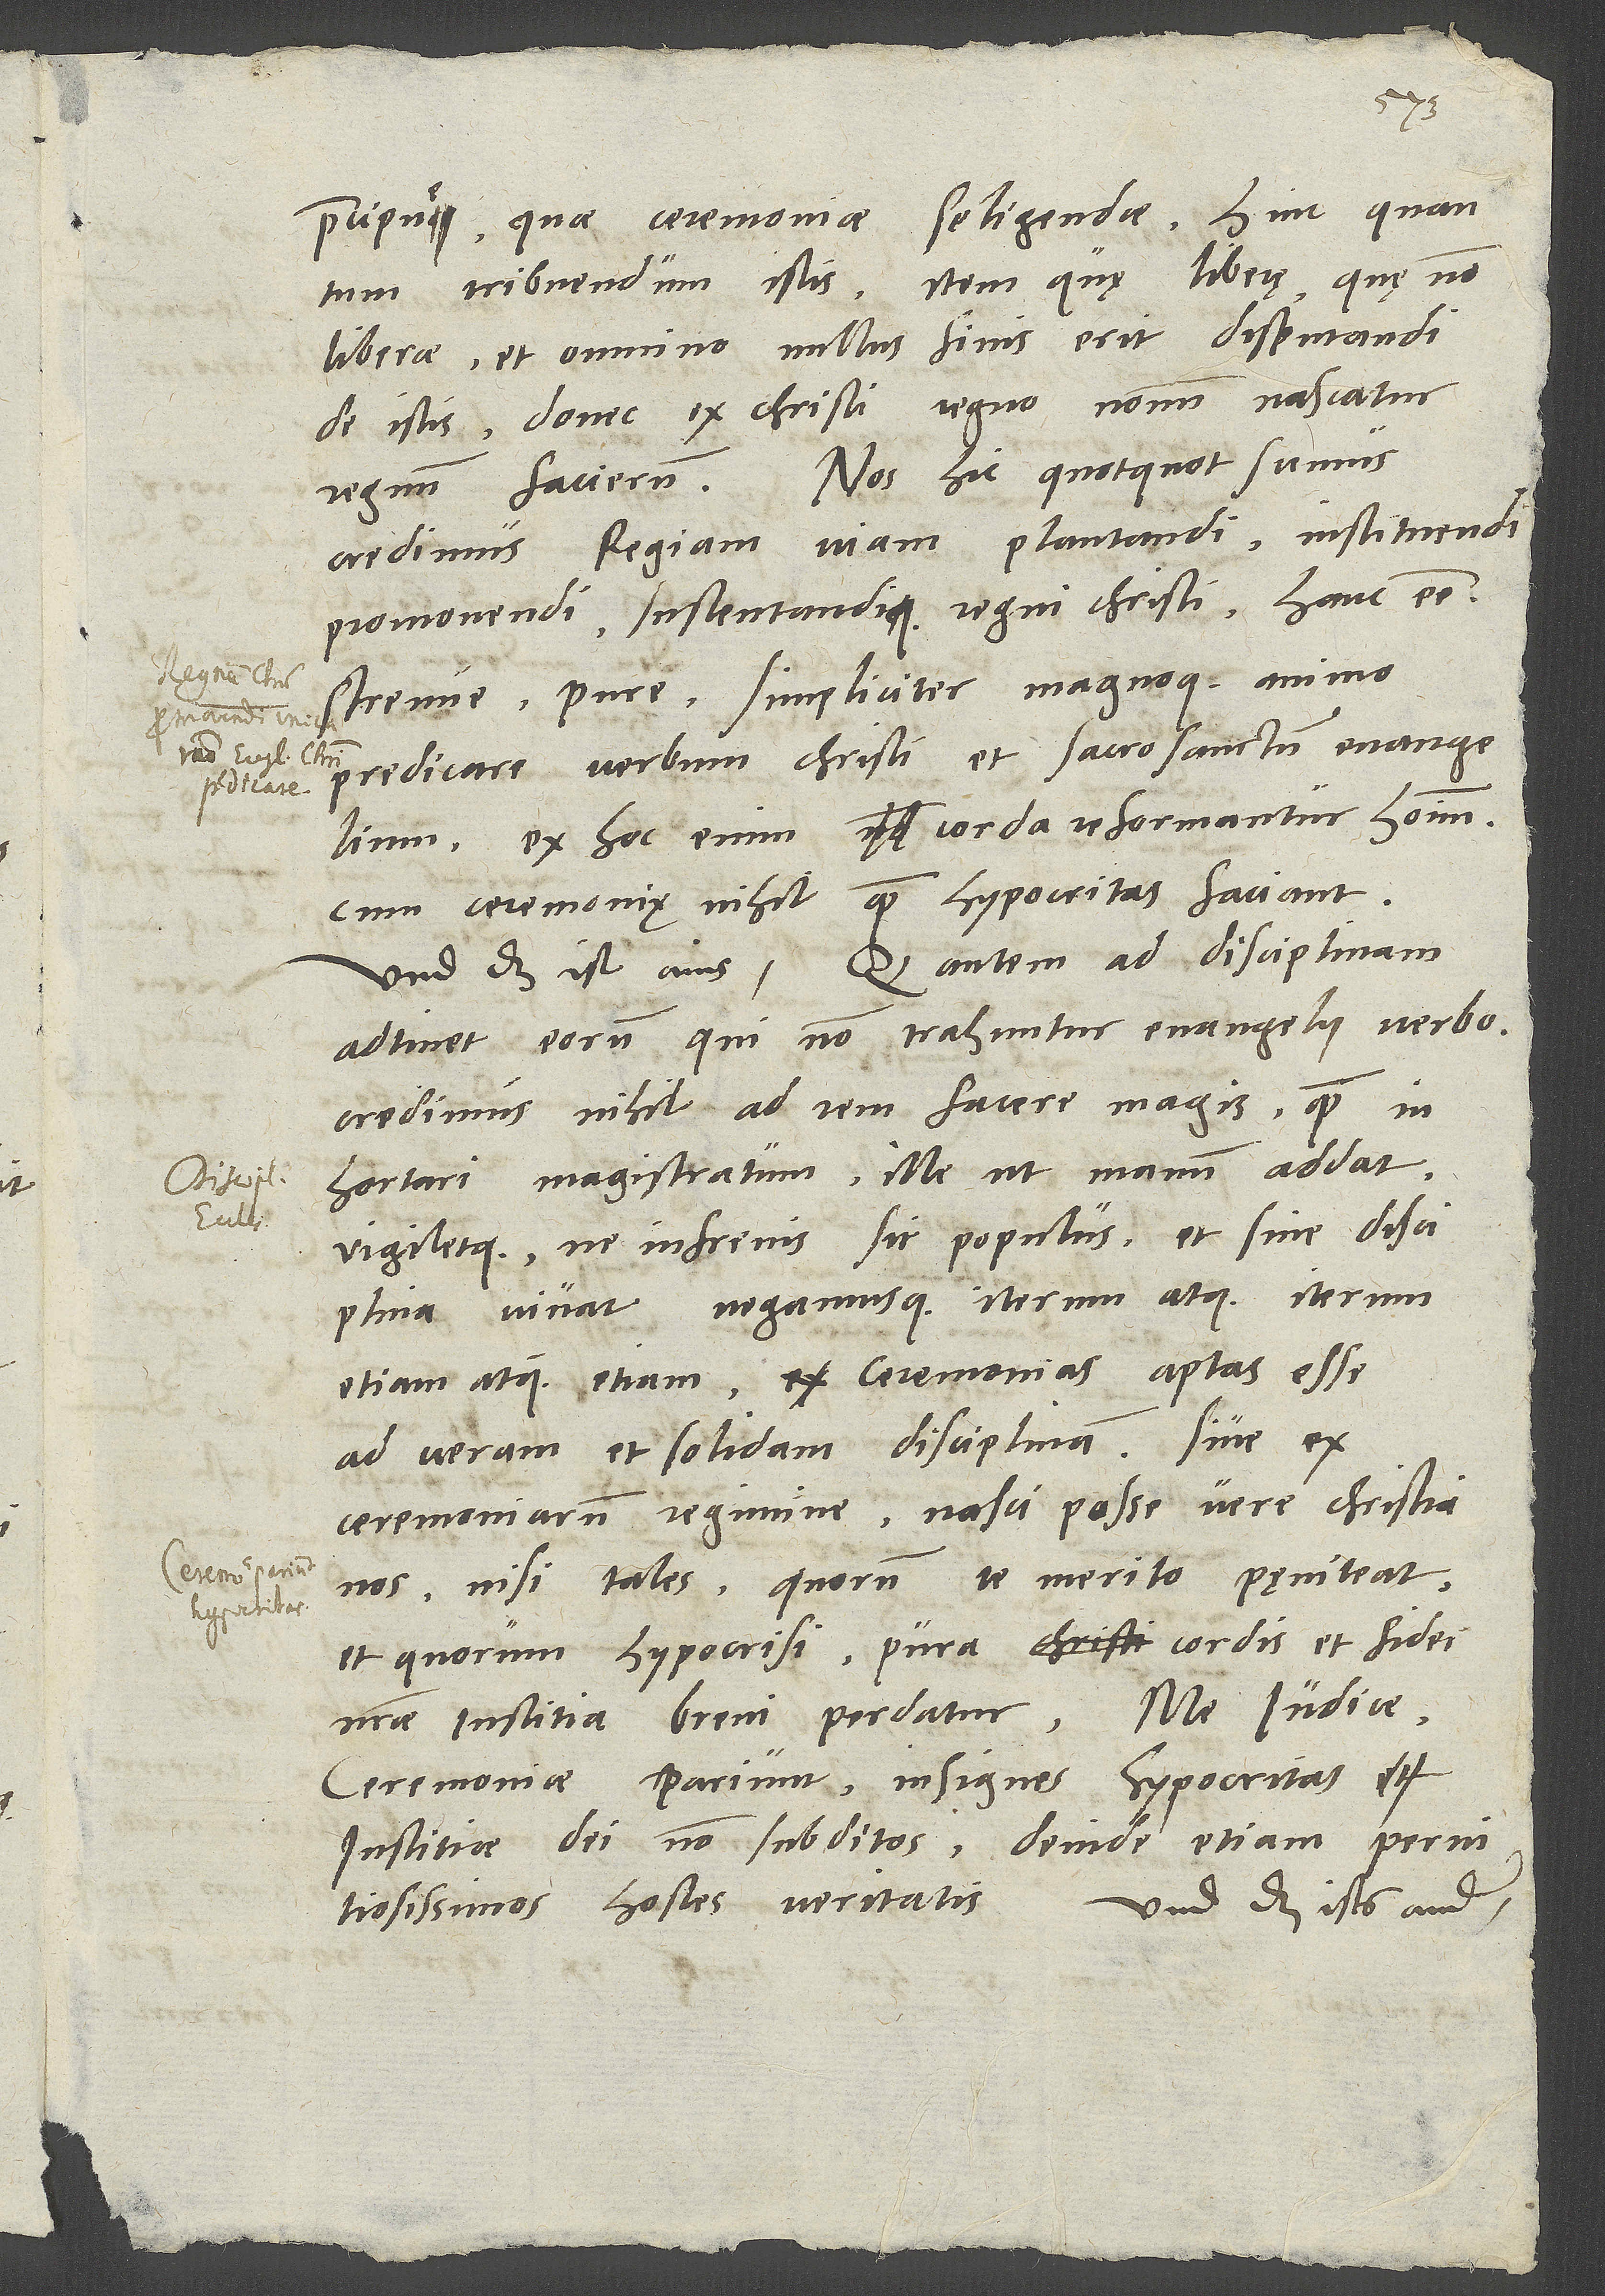
regnum Christi

seligendae; hinc, quantum
praecipue, quae ceremoniae
item quę liberę, quę non
tribuendum istis,
liberae, et omnino nullus finis erit disputandi
de istis, donec ex Christi regno novum nascatur
regnum facierum. Nos hic, quotquot sumus,
credimus regiam viam plantandi, instituendi,
promovendi sustentandique regni Christi hanc esse:
strenue, pure, simpliciter magnoque animo
predicare verbum Christi et sacrosanctum evangelium.
Ex hoc enim corda reformantur hominum,
cum ceremonię nihil quam hypocritas faciant.
adtinet eorum, qui non trahuntur evangelii verbo,
credimus nihil ad rem facere magis, quam
inhortari magistratum, ille ut manum addat
vigiletque, ne infrenis sit populus et sine disciplina
vivat, negamusque iterum atque iterum,
etiam atque etiam ceremonias aptas esse
ad veram et solidam disciplinam sive ex
ceremoniarum regimine nasci posse vere christianos
nisi tales, quorum te merito pęniteat
et quorum hypocrisi pura cordis et fidei
nostrae iustitia brevi perdatur. Me judice
ceremoniae pariunt insignes hypocritas
iustitiae dei non subditos, deinde etiam
pernitiosissimos hostes veritatis. Und das ists ander.